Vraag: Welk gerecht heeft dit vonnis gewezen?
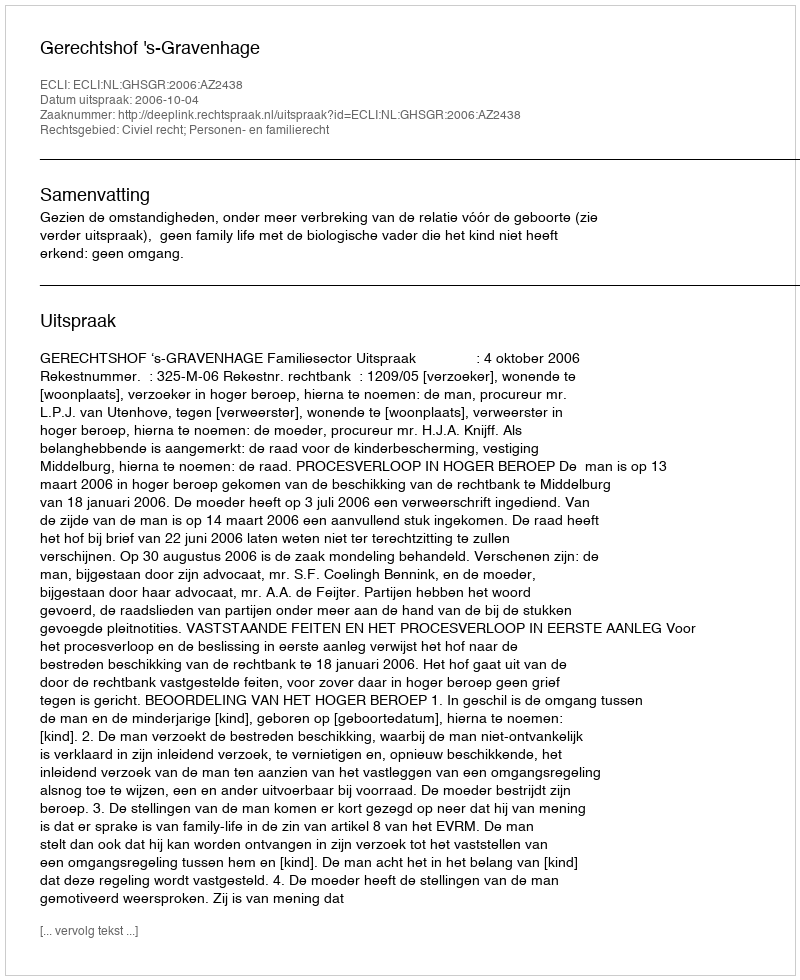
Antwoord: Gerechtshof 's-Gravenhage